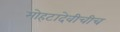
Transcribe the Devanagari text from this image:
मोहटादेवीचीच